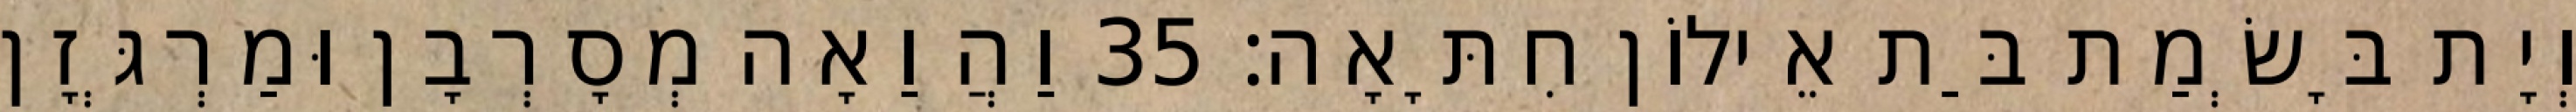
וְיָת בָּשְׂמַת בַּת אֵילוֹן חִתָּאָה׃ 35 וַהֲוַאָה מְסָרְבָן וּמַרְגְּזָן